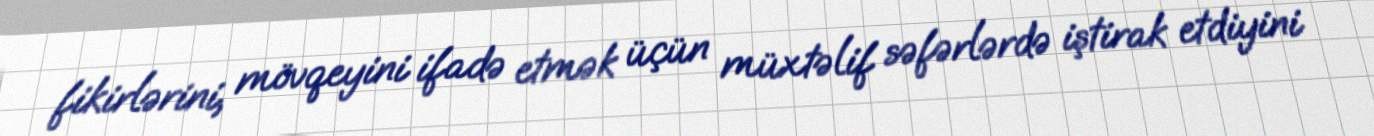
fikirlərini, mövqeyini ifadə etmək üçün müxtəlif səfərlərdə iştirak etdiyini